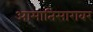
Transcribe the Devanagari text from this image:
आमातिसारावर